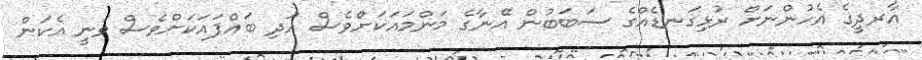
އާރދީގެ އެހުންނަށް ރުޅިގަނޑެއްގެ ސަބަބުން އޭނާގެ މަންމައަކަށްވެސް އަދި ބައްޕައަކަށްވެސް ވަނީ އެކަން